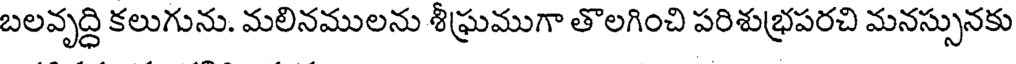
బలవృద్ధి కలుగును. మలినములను శీఘ్రముగా తొలగించి పరిశుభ్రపరచి మనస్సునకు